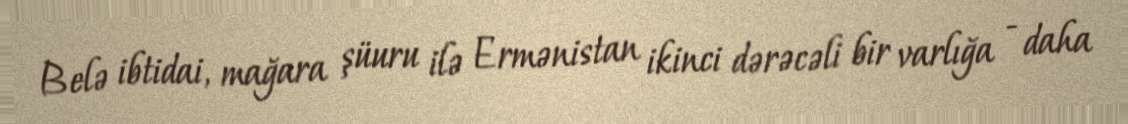
Belə ibtidai, mağara şüuru ilə Ermənistan ikinci dərəcəli bir varlığa - daha